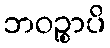
ဘဝဉ္စာပိ